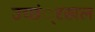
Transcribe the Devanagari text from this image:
उच्छं्रखल